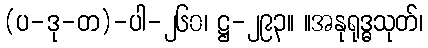
(ပ-ဒု-တ)-ပါ-၂၆၀၊ ဋ္ဌ-၂၉၃။ ။အနုရုဒ္ဓသုတ်၊